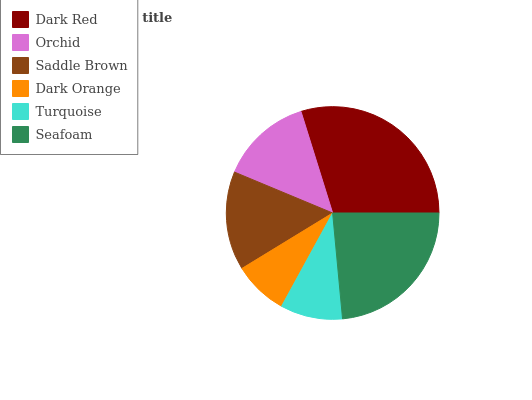
| Dark Red | Orchid | Saddle Brown | Dark Orange | Turquoise | Seafoam |
 | --- | --- | --- | --- | --- | --- |
 | 29.8% | 13.9% | 15% | 8.29% | 9.46% | 23.6% |